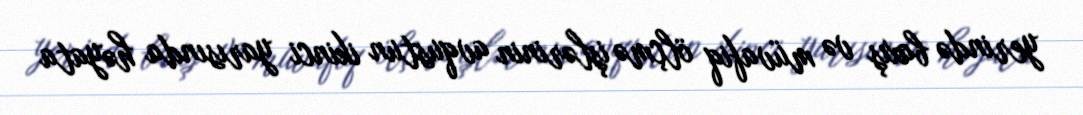
yerində baxış və müvafiq ölçmə işlərinin avqustun ikinci yarısında həyata